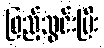
ဖြည့်သွင်းပြီး